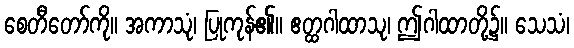
စေတီတော်ကို။ အကာသုံ၊ ပြုကုန်၏။ ဧတ္ထဂါထာသု၊ ဤဂါထာတို့၌။ သေသံ၊